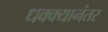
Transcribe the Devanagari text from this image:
धक्क्यानंतर